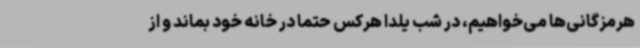
هرمزگانی‌ها می‌خواهیم، در شب یلدا هرکس حتماً در خانه خود بماند و از